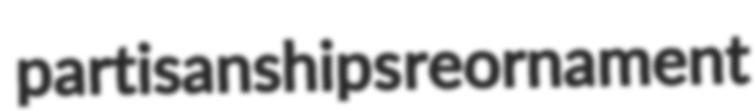
partisanships reornament